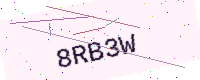
Text: 8RB3W